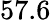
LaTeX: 57.6